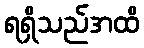
ရရှိသည်အထိ